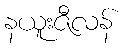
နယူးဇီလန်